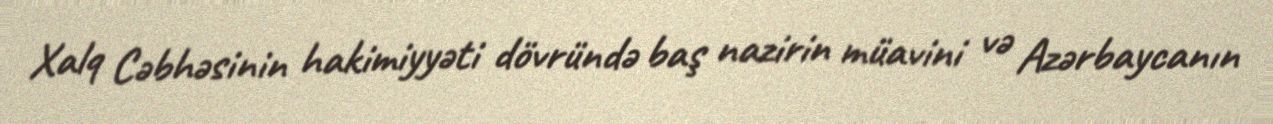
Xalq Cəbhəsinin hakimiyyəti dövründə baş nazirin müavini və Azərbaycanın